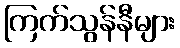
ကြက်သွန်နီများ